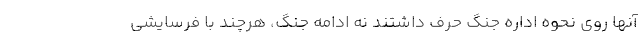
آنها روی نحوه اداره جنگ حرف داشتند نه ادامه جنگ، هرچند با فرسایشی